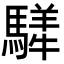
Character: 𩥍